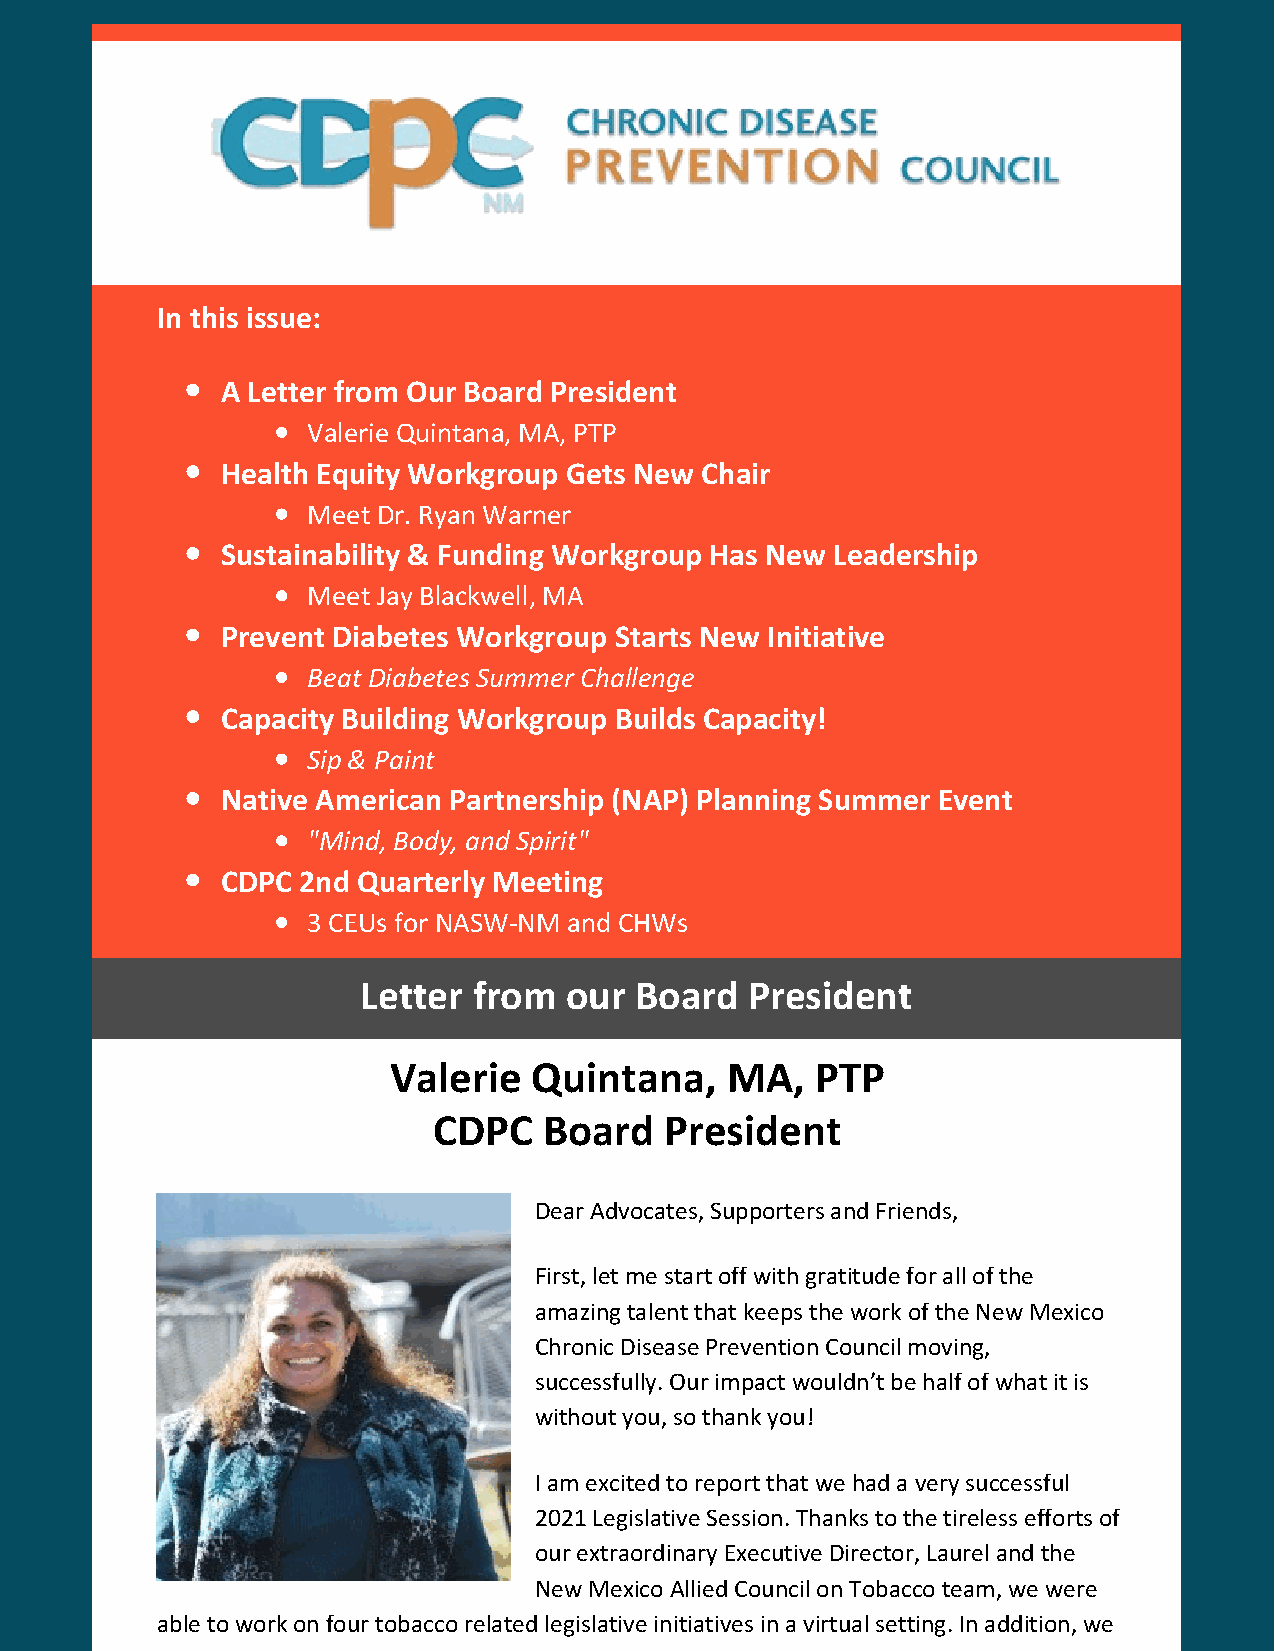
In this issue:
 A Letter from Our Board President
 Valerie Quintana, MA, PTP
 Health Equity Workgroup Gets New Chair
 Meet Dr. Ryan Warner
 Sustainability & Funding Workgroup Has New Leadership
 Meet Jay Blackwell, MA
 Prevent Diabetes Workgroup Starts New Initiative
 Beat Diabetes Summer Challenge
 Capacity Building Workgroup Builds Capacity!
 Sip & Paint
 Native American Partnership (NAP) Planning Summer Event
 "Mind, Body, and Spirit"
 CDPC 2nd Quarterly Meeting
 3 CEUs for NASW-NM and CHWs
 Letter from  our  Board  President
 Valerie  Quintana,    MA,   PTP
 CDPC   Board   President
 Dear Advocates, Supporters and Friends,
 First, let me start off with gratitude for all of the
 amazing talent that keeps the work of the New Mexico
 Chronic Disease Prevention Council moving,
 successfully. Our impact wouldn’t be half of what it is
 without you, so thank you!
 I am excited to report that we had a very successful
 2021 Legislative Session. Thanks to the tireless efforts of
 our extraordinary Executive Director, Laurel and the
 New Mexico Allied Council on Tobacco team, we were
 able to work on four tobacco related legislative initiatives in a virtual setting. In addition, we